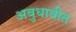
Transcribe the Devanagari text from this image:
अबुधाबीत